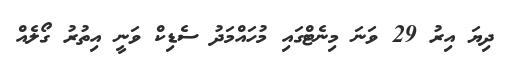
ދިޔަ އިރު 29 ވަނަ މިނެޓްގައި މުހައްމަދު ސެޑިކް ވަނީ އިތުރު ގޯލެއް